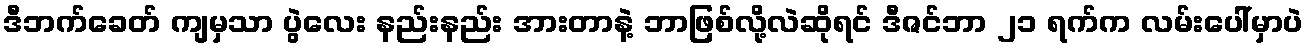
ဒီဘက်ခေတ် ကျမှသာ ပွဲလေး နည်းနည်း အားတာနဲ့ ဘာဖြစ်လို့လဲဆိုရင် ဒီဇင်ဘာ ၂၁ ရက်က လမ်းပေါ်မှာပဲ